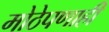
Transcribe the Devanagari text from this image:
मोठेपणाही